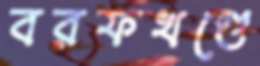
বরফখণ্ডে